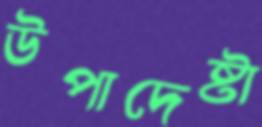
উপাদেষ্টা